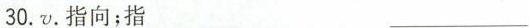
30. v. 指向；指 ___